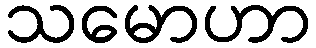
သမောဟာ